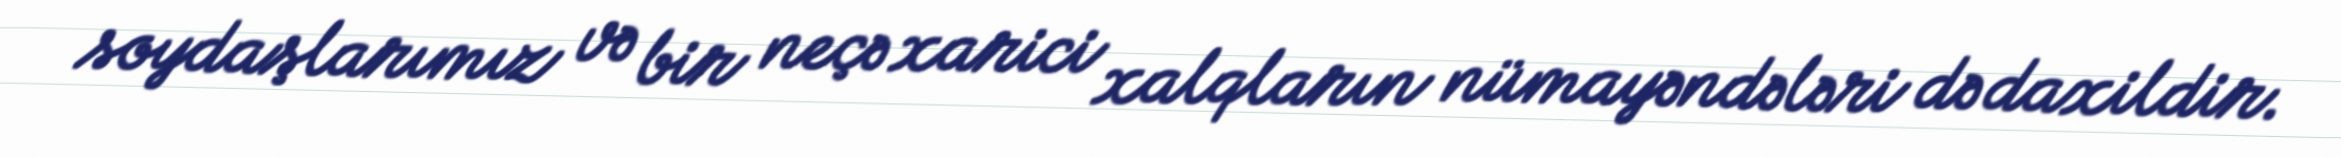
soydaşlarımız və bir neçə xarici xalqların nümayəndələri də daxildir.